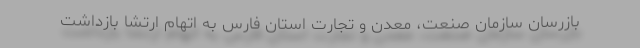
بازرسان سازمان صنعت، معدن و تجارت استان فارس به اتهام ارتشا بازداشت